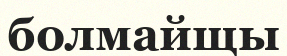
болмайщы